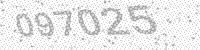
Solution: 097025